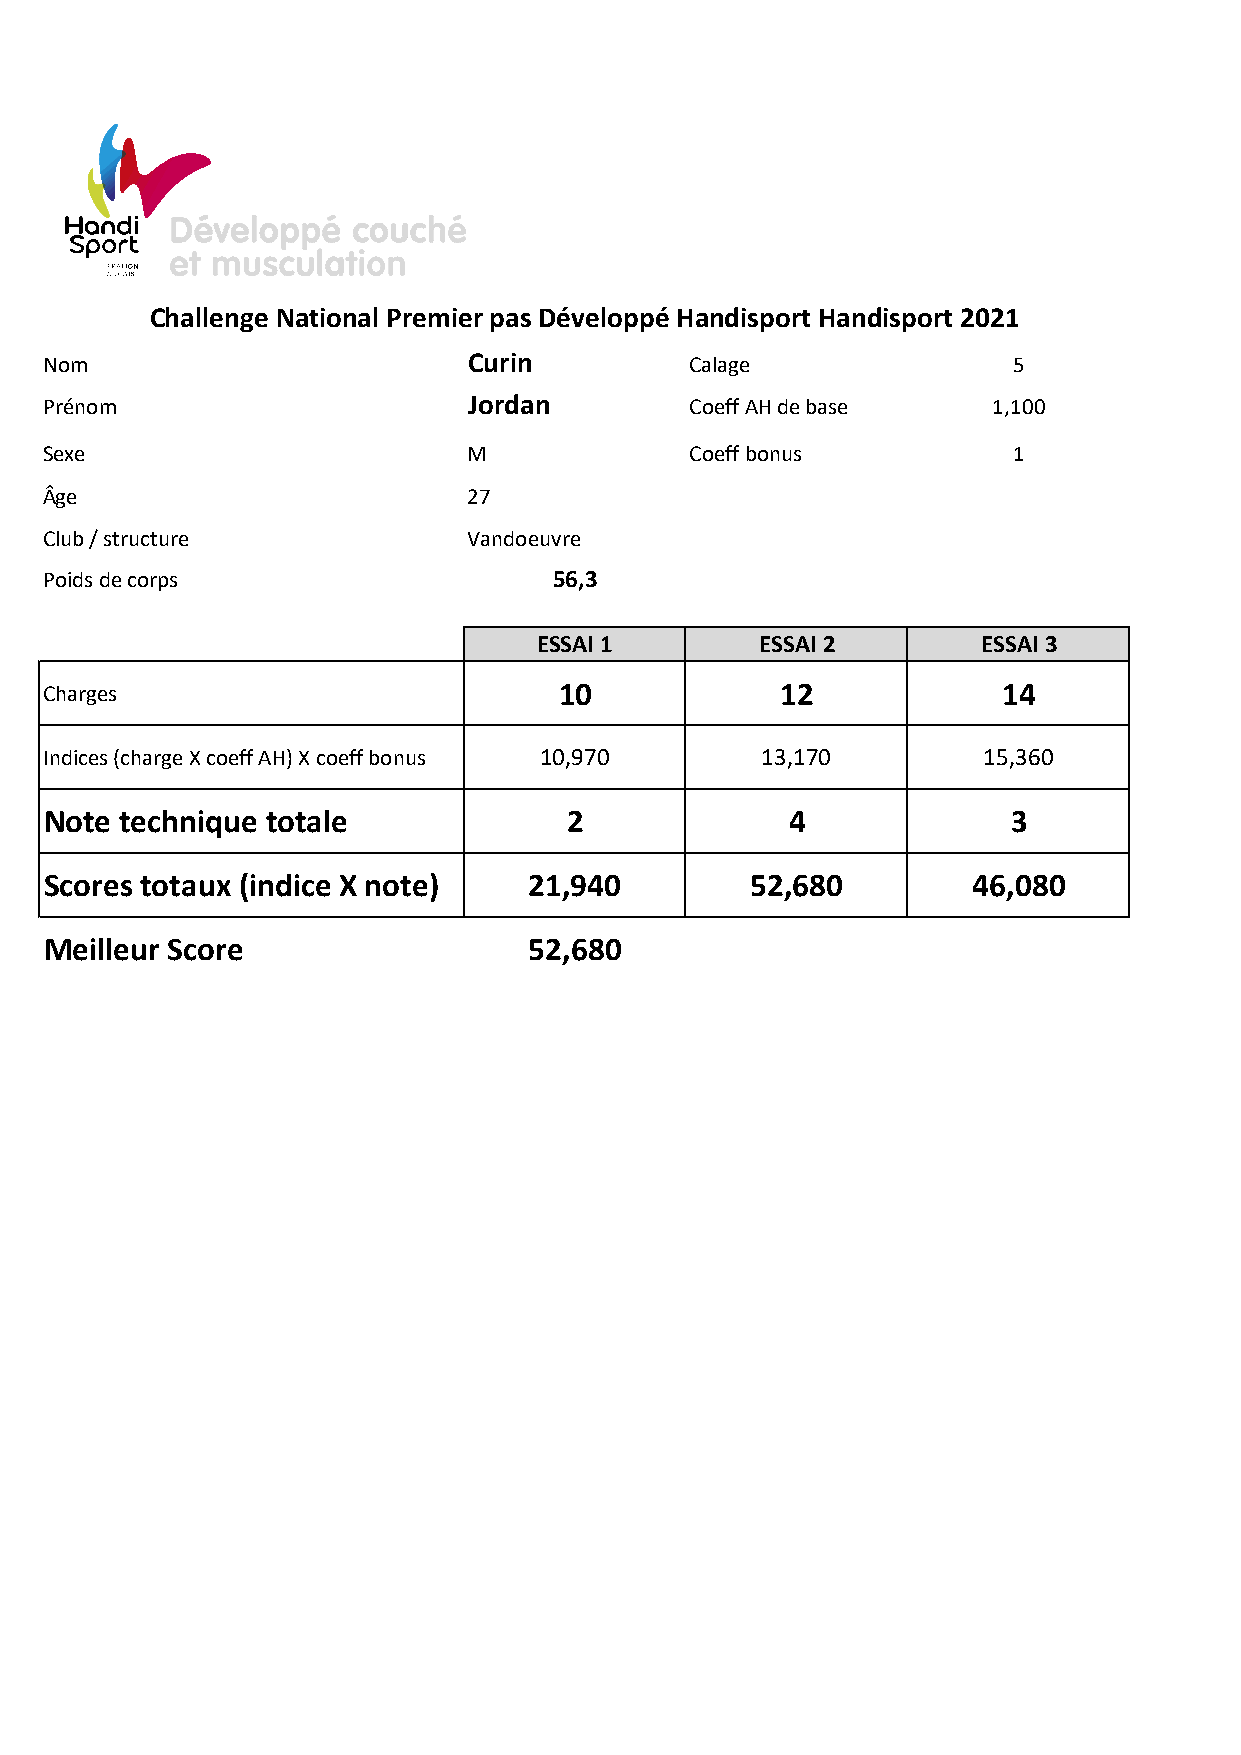
Challenge National Premier pas Développé Handisport Handisport 2021
 Nom                         Curin          Calage               5
 Prénom                      Jordan         Coeff AH de base    1,100
 Sexe                        M              Coeff bonus          1
 Âge                         27
 Club / structure            Vandoeuvre
 Poids de corps                    56,3
 ESSAI 1       ESSAI 2        ESSAI 3
 Charges                           10             12            14
 Indices (charge X coeff AH) X coeff bonus 10,970 13,170       15,360
 Note technique totale              2             4              3
 Scores totaux (indice X note)   21,940         52,680        46,080
 Meilleur Score                  52,680